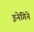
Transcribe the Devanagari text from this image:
इनेगिने